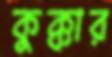
কুক্কার